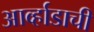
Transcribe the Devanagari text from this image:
आर्व्हाडाची